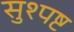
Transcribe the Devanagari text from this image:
सुश्पष्ट